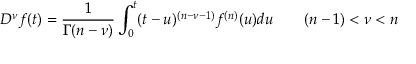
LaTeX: { } D ^ { \nu } f ( t ) = { \frac { 1 } { \Gamma ( n - \nu ) } } \int _ { 0 } ^ { t } ( t - u ) ^ { ( n - \nu - 1 ) } f ^ { ( n ) } ( u ) d u \qquad ( n - 1 ) < \nu < n